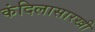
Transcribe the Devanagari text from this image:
कंदिलासारखी